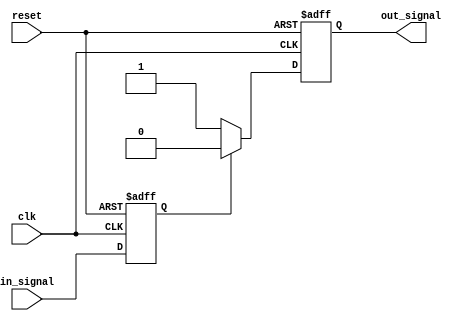
module voltage_level_shifter (
    input wire clk,       // Clock signal
    input wire reset,     // Reset signal
    input wire in_signal, // Input signal
    output wire out_signal // Output signal
);

reg in_voltage_level;
reg out_voltage_level;

 always @(posedge clk or posedge reset) begin
    if (reset) begin
        in_voltage_level <= 1'b0; // Assuming 1 as default input voltage level
    end else begin
        in_voltage_level <= in_signal;
    end
 end

 always @(posedge clk or posedge reset) begin
    if (reset) begin
        out_voltage_level <= 1'b0; // Assuming 1 as default output voltage level
    end else begin
        // Logic to adjust output voltage level based on input voltage level
        if (in_voltage_level == 1'b1) begin
            out_voltage_level <= 1'b0; // Example translation of 1 to 0
        end else begin
            out_voltage_level <= 1'b1; // Example translation of 0 to 1
        end
    end
end

assign out_signal = out_voltage_level;

endmodule